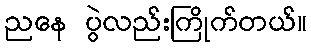
ညနေ ပွဲလည်းကြိုက်တယ်။